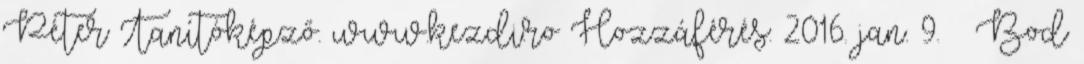
Péter Tanítóképző. www.kezdi.ro Hozzáférés: 2016. jan. 9. ↑ Bod